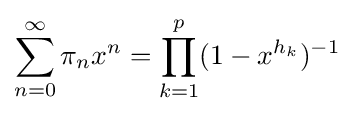
\sum _{n=0}^{\infty }\pi _{n}x^{n}=\prod _{k=1}^{p}(1-x^{h_{k}})^{-1}